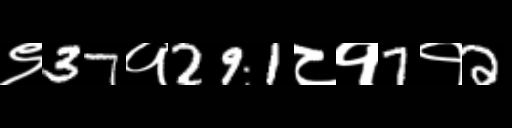
Text: ९37१291८१7१2